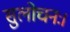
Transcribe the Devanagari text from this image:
सुलोचनः।